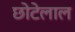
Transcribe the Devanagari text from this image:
छाेटेलाल